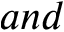
a n d